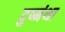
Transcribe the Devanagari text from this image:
दुष्मंथा